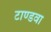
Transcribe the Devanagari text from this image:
टाण्डवा